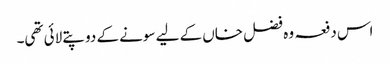
اس دفعہ وہ فضل خاں کے لیے سونے کے دو پتے لائی تھی۔